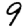
Digit: 9